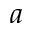
a